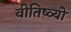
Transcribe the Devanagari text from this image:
वीतिष्व्यो